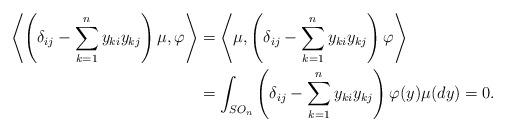
LaTeX: \begin{align*}\left\langle \left(\delta_{ij}-\sum_{k=1}^n y_{ki}y_{kj}\right)\mu, \varphi \right\rangle&= \left\langle \mu, \left(\delta_{ij}-\sum_{k=1}^n y_{ki}y_{kj}\right)\varphi\right\rangle \\&=\int_{SO_n} \left(\delta_{ij}-\sum_{k=1}^n y_{ki}y_{kj}\right)\varphi(y) \mu(dy)=0.\end{align*}